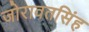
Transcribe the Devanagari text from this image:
जोरावतसिंह